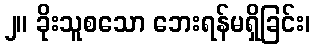
၂။ ခိုးသူစသော ဘေးရန်မရှိခြင်း၊